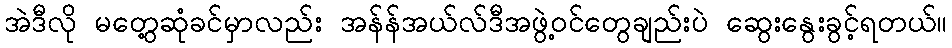
အဲဒီလို မတွေ့ဆုံခင်မှာလည်း အန်န်အယ်လ်ဒီအဖွဲ့ဝင်တွေချည်းပဲ ဆွေးနွေးခွင့်ရတယ်။